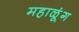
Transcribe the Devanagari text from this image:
महाळूंग